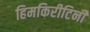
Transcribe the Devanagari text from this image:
हिमकिरीटिनी